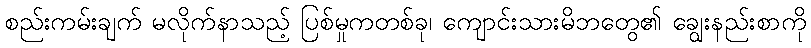
စည်းကမ်းချက် မလိုက်နာသည့် ပြစ်မှုကတစ်ခု၊ ကျောင်းသားမိဘတွေ၏ ချွေးနည်းစာကို